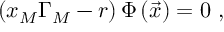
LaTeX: \left( x _ { M } \Gamma _ { M } - r \right) \Phi \left( \vec { x } \right) = 0 \ ,